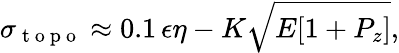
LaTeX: \sigma_{\mathrm{~t~o~p~o~}}\approx 0.1\, \epsilon\eta-K\sqrt{E[1+P_{z}]},